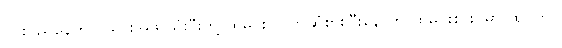
တစ် ညနေတွင် သားအဖ သုံးဦးတို့ ထမင်း လက်ဆုံစားပြီးနောက် ထမင်းစားပွဲမှာ ထိုင်ကာ